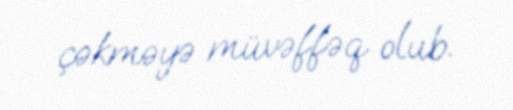
çəkməyə müvəffəq olub.